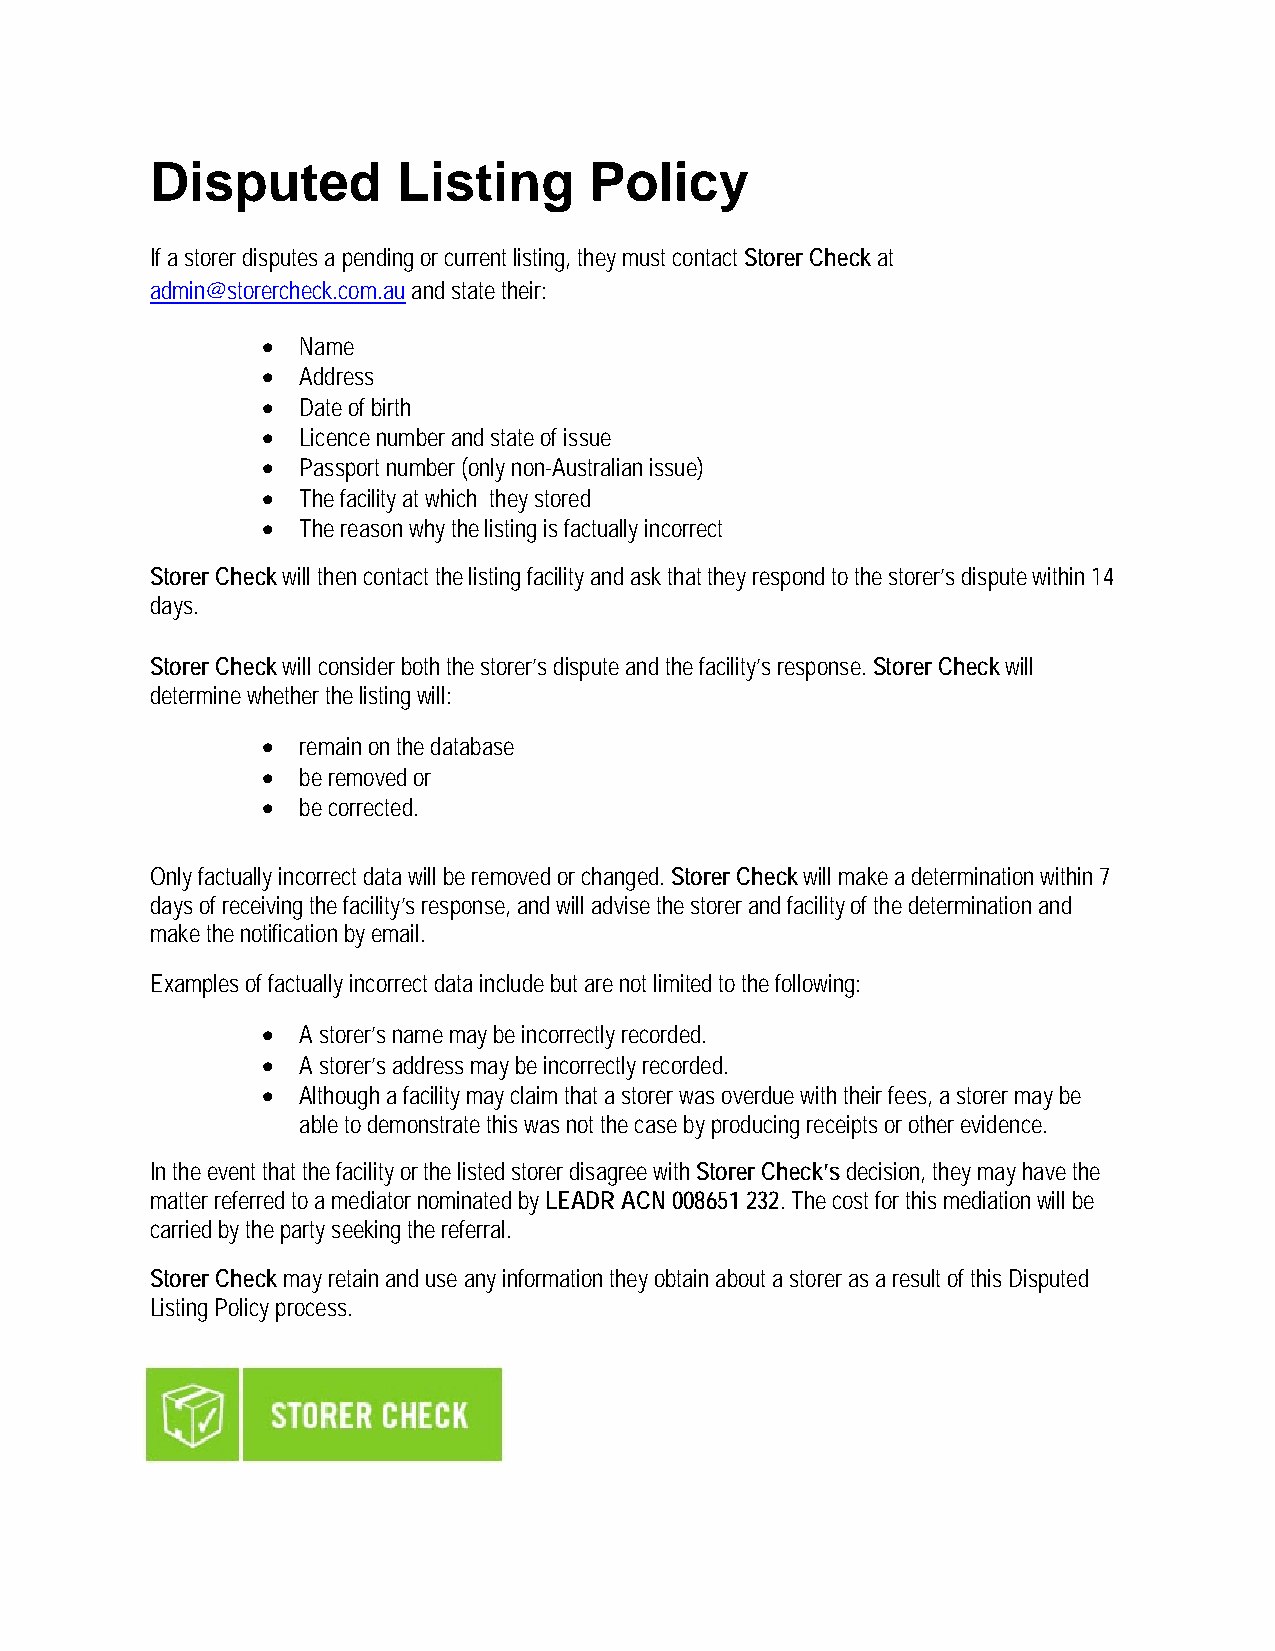
Disputed        Listing      Policy
 If a storer disputes a pending or current listing, they must contact Storer Check at
 admin@storercheck.com.au and state their:
 •  Name
 •  Address
 •  Date of birth
 •  Licence number and state of issue
 •  Passport number (only non-Australian issue)
 •  The facility at which they stored
 •  The reason why the listing is factually incorrect
 Storer Check will then contact the listing facility and ask that they respond to the storer’s dispute within 14
 days.
 Storer Check will consider both the storer’s dispute and the facility’s response. Storer Check will
 determine whether the listing will:
 •  remain on the database
 •  be removed or
 •  be corrected.
 Only factually incorrect data will be removed or changed. Storer Check will make a determination within 7
 days of receiving the facility’s response, and will advise the storer and facility of the determination and
 make the notification by email.
 Examples of factually incorrect data include but are not limited to the following:
 •  A storer’s name may be incorrectly recorded.
 •  A storer’s address may be incorrectly recorded.
 •  Although a facility may claim that a storer was overdue with their fees, a storer may be
 able to demonstrate this was not the case by producing receipts or other evidence.
 In the event that the facility or the listed storer disagree with Storer Check’s decision, they may have the
 matter referred to a mediator nominated by LEADR ACN 008651 232. The cost for this mediation will be
 carried by the party seeking the referral.
 Storer Check may retain and use any information they obtain about a storer as a result of this Disputed
 Listing Policy process.